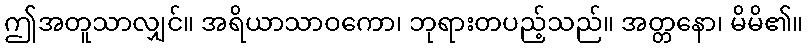
ဤအတူသာလျှင်။ အရိယာသာဝကော၊ ဘုရားတပည့်သည်။ အတ္တနော၊ မိမိ၏။